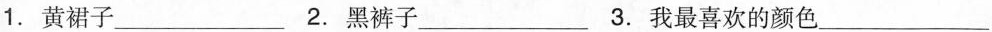
1.黄裙子___2.黑裤子___3.我最喜欢的颜色___